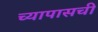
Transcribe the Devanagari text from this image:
च्यापासची